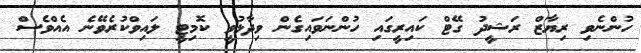
ހުންނެވި ރިޔާޒް ރަޝީދު ގޭޓް ކައިރީގައި ހުންނަވައިގެން ވިދާޅުވީ ކޮމިޓީ ލައިވްކުރެވޭނެ އެއްވެސް